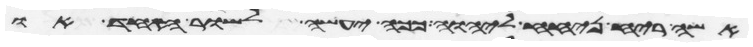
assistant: אשה ריח ניחח ליהוה ככה יעשה לשור האחד או